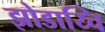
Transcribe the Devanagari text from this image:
झोडाय्चि